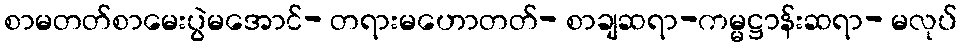
စာမတတ်စာမေးပွဲမအောင်- တရားမဟောတတ်- စာချဆရာ-ကမ္မဋ္ဌာန်းဆရာ- မလုပ်